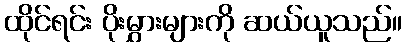
ထိုင်ရင်း ပိုးမွှားများကို ဆယ်ယူသည်။